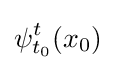
\psi _{t_{0}}^{t}(x_{0})